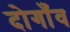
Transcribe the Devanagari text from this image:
दोगाँव